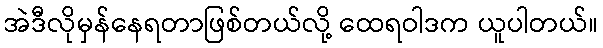
အဲဒီလိုမှန်နေရတာဖြစ်တယ်လို့ ထေရဝါဒက ယူပါတယ်။